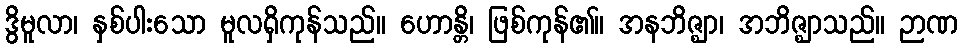
ဒွိမူလာ၊ နှစ်ပါးသော မူလရှိကုန်သည်။ ဟောန္တိ၊ ဖြစ်ကုန်၏။ အနဘိဇ္ဈာ၊ အဘိဇ္ဈာသည်။ ဉာဏ